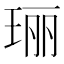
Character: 𮴠